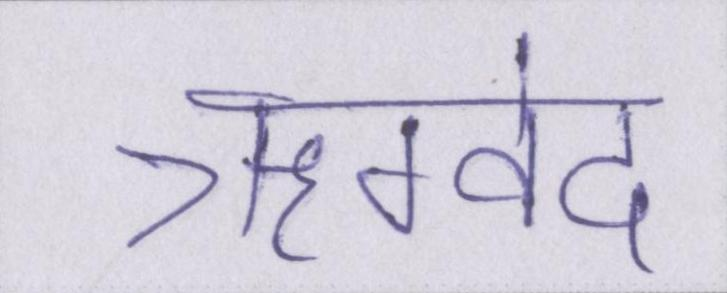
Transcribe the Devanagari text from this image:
ऋग्वेद